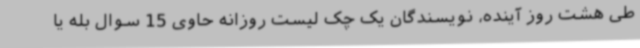
طی هشت روز آینده، نویسندگان یک چک لیست روزانه حاوی 15 سوال بله یا